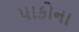
પાકોના